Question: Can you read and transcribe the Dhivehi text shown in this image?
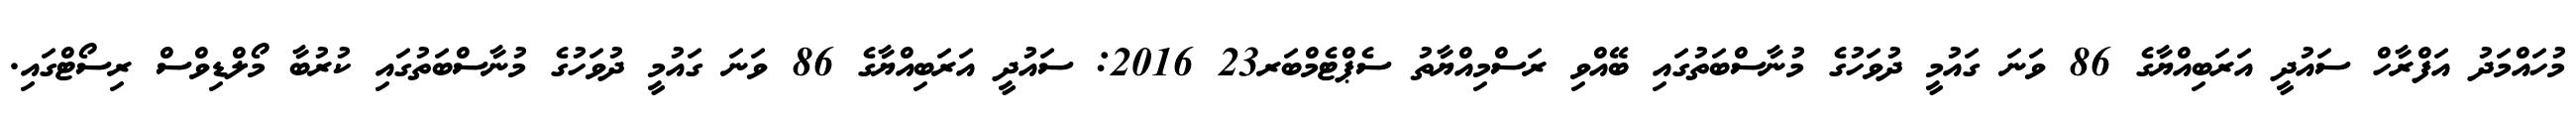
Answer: މުހައްމަދު އަފްރާހް ސައުދީ އަރަބިއްޔާގެ 86 ވަނަ ގައުމީ ދުވަހުގެ މުނާސްބަތުގައި ބޭއްވި ރަސްމިއްޔާތު ސެޕްޓެމްބަރ23 2016: ސައުދީ އަރަބިއްޔާގެ 86 ވަނަ ގައުމީ ދުވަހުގެ މުނާސްބަތުގައި ކުރުބާ މޯލްޑިވްސް ރިސޯޓްގައި.